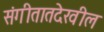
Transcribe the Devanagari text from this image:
संगीतातदेखील